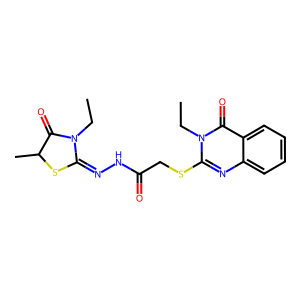
SMILES: CCN1C(=O)C(C)SC1=NNC(=O)CSc1nc2ccccc2c(=O)n1CC
Inhibits HIV replication: No